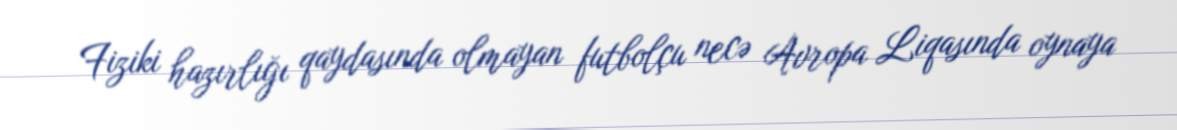
Fiziki hazırlığı qaydasında olmayan futbolçu necə Avropa Liqasında oynaya